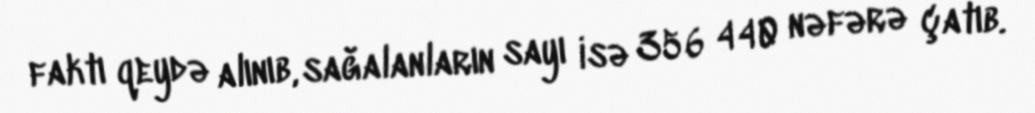
faktı qeydə alınıb, sağalanların sayı isə 356 440 nəfərə çatıb.